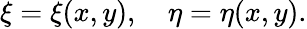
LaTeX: \xi=\xi(x,y),\quad\eta=\eta(x,y).